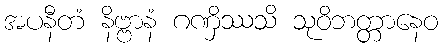
အပနီတံ နိဗ္ဗာနံ ဂဏှိဿသိ သုဝိဘတ္တာနေဝ